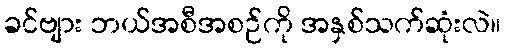
ခင်ဗျား ဘယ်အစီအစဉ်ကို အနှစ်သက်ဆုံးလဲ။